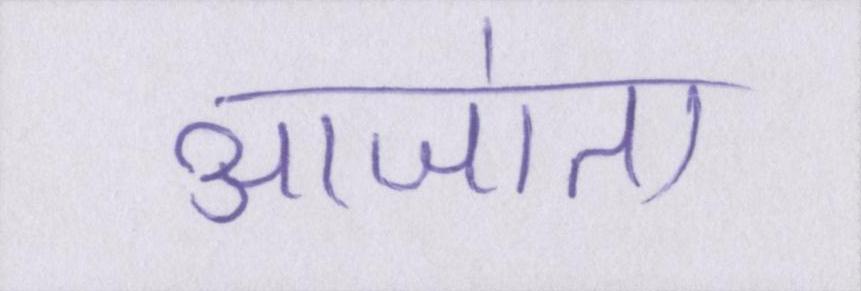
आजा॑ता